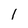
Character: I